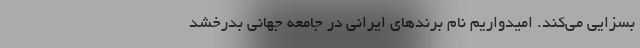
بسزایی می‌کند. امیدواریم نام برندهای ایرانی در جامعه جهانی بدرخشد